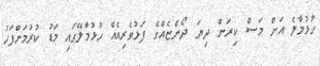
ހުޅުމާލެ އަށް މަސް ކިރަން ދިޔަ ދޯންޏެއްގެ ފަޅުވެރިއެއް ހުޅުމާލޭގައި މަޑު ކުރުމަށްފަހު